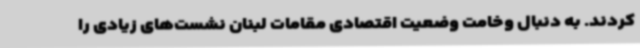
کردند. به دنبال وخامت وضعیت اقتصادی مقامات لبنان نشست‌های زیادی را